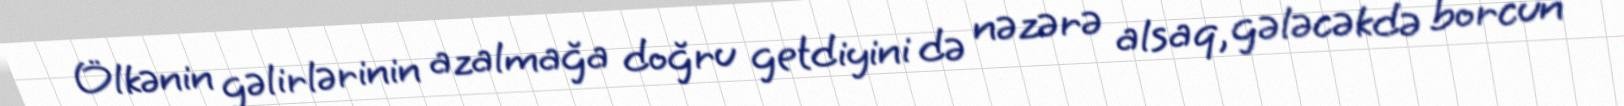
Ölkənin gəlirlərinin azalmağa doğru getdiyini də nəzərə alsaq, gələcəkdə borcun